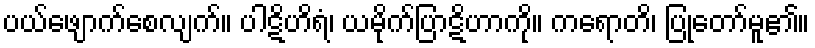
ပယ်ဖျောက်စေလျက်။ ပါဋိဟိရံ၊ ယမိုက်ပြာဋိဟာကို။ ကရောတိ၊ ပြုတော်မူ၏။